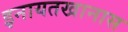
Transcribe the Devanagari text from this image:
इनायतखानास